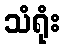
သံရုံး